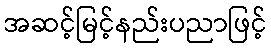
အဆင့်မြင့်နည်းပညာဖြင့်